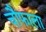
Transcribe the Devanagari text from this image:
चौफाला